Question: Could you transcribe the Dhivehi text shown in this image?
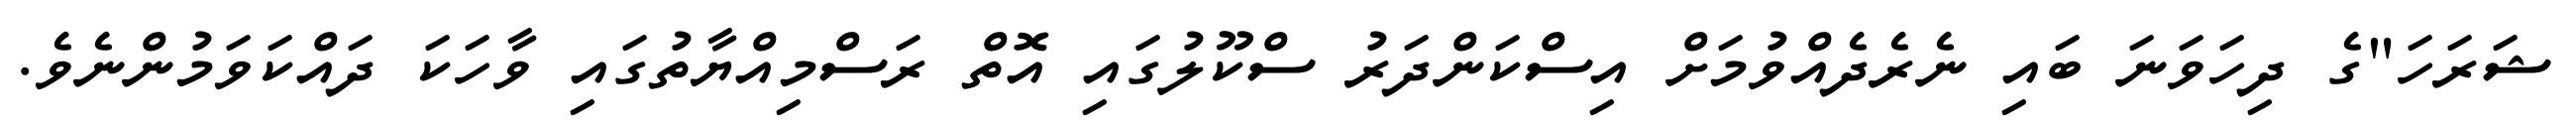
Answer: ޝަރަހަ"ގެ ދިހަވަނަ ބައި ނެރެދެއްވުމަށް އިސްކަންދަރު ސްކޫލުގައި އޮތް ރަސްމިއްޔާތުގައި ވާހަކަ ދައްކަވަމުންނެވެ.